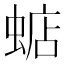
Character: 𧍈